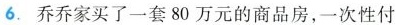
6.乔乔家买了一套80万元的商品房，一次性付